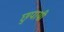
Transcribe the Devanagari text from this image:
छुपायी